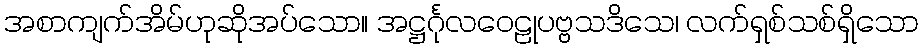
အစာကျက်အိမ်ဟုဆိုအပ်သော။ အဋ္ဌင်္ဂုလဝေဠုပဗ္ဗသဒိသေ၊ လက်ရှစ်သစ်ရှိသော